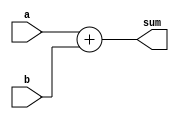
module adder
(
	a,
	b,
	sum
);

	parameter n = 32;

	input [n-1:0] a, b;
	output [n-1:0] sum;

	assign sum = a + b;

endmodule